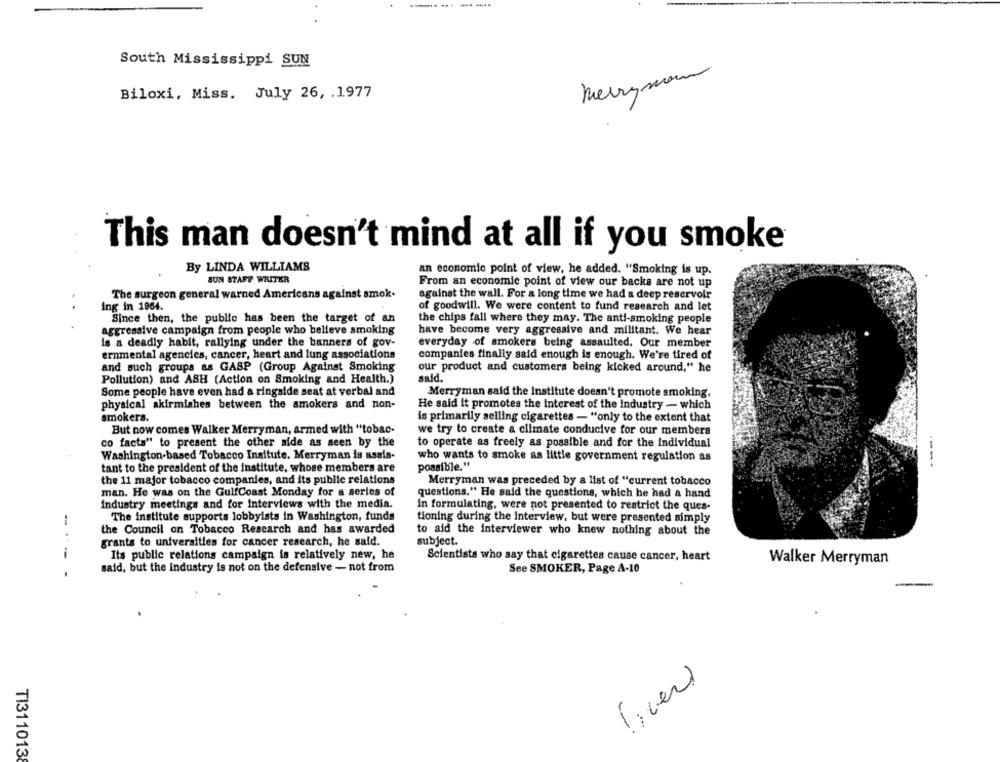
-------..
South Mississippi SUN
merrynon
Biloxi, Miss. July 26, . 1977
This man doesn't mind at all if you smoke
By LINDA WILLIAMS
an economic point of view, he added. "Smoking is up.
BUN STAFF WRITER
From an economic point of view our backs are not up
The surgeon general warned Americans against smok.
against the wall. For a long time we had a deep reservoir
ing in 1964.
..
of goodwill. We were content to fund research and let
Since then, the public has been the target of an
the chips fall where they may. The anti-smoking people
aggressive campaign from people who believe smoking
have become very aggressive and militant. We hear
is a deadly habit, rallying under the banners of gov-
everyday of smokers being assaulted. Our member
ernmental agencies, cancer, heart and lung associations
companies finally said enough is enough. We're tired of
and such groups as GASP (Group Against Smoking
our product and customers being kicked around," he
Pollution) and ASH (Action on Smoking and Health.)
said.
Some people have even had a ringside seat at verbal and
Merryman said the Institute doesn't promote smoking,
physical skirmishen between the smokers and non-
He said it promotes the interest of the industry - which
smokers.
is primarily selling cigarettes - "only to the extent that
But now comes Walker Merryman, armed with "tobac-
we try to create a climate conducive for our members
co facts" to present the other side as seen by the
to operate as freely as possible and for the individual
Washington-based Tobacco Insitute. Merryman is assis-
who wants to smoke as little government regulation as
possible."
tant to the president of the institute, whose members are
---
the 11 major tobacco companies, and its public relations
Merryman was preceded by a list of "current tobacco
man. He was on the GulfCoast Monday for a series of
questions." He said the questions, which he had a hand
Industry meetings and for Interviews with the media.
in formulating, were not presented to restrict the ques-
The Institute supports lobbyists in Washington, funds
tioning during the interview, but were presented simply
the Council on Tobacco Research and has awarded
to aid the interviewer who knew nothing about the
grants to universities for cancer research, he said.
subject.
i
Its public relations campaign is relatively new, he
Scientists who say that cigarettes cause cancer, heart
Walker Merryman
said, but the industry is not on the defensive - not from
See SMOKER, Page A-10
TI311013